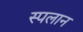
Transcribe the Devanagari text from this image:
स्पलान